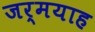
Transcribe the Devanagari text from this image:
जर्मयाह